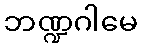
ဘဏ္ဍဂါမေ